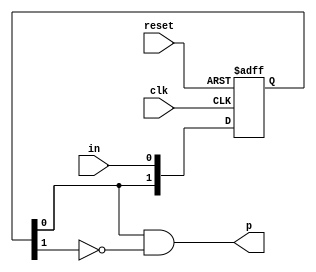
module pg(
	input clk,
	input reset,
	input in,
	output p
);
	reg [1:0] x;
	always @(posedge clk or posedge reset)
		if(reset)
			x <= 0;
		else
			x <= { x[0], in };
	assign p = x[0] & !x[1];
endmodule